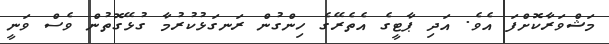
މަޝްވަރާކޮށްފަ އެވެ. އަދި ޕާޓީގެ އެތެރޭގެ ހިންގުން ރަނގަޅުކުރުމާ ގުޅޭގޮތުން ވެސް ވަނީ